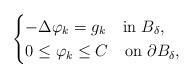
LaTeX: \begin{align*}\begin{cases}-\Delta \varphi_k=g_k \quad\mbox{in }{B_{\delta}},\\0\leq\varphi_k\leq C \quad\mbox{on }{\partial {B_{\delta}}},\end{cases}\end{align*}